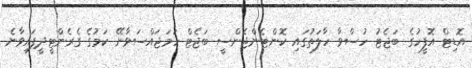
އޮޑިޓް އޮފީހުގެ ބަޖެޓު ހުސްވާ ހާލަތުގައި ކޮންޓެންޖެންސީ ބަޖެޓް ހަމަޖައްސަވާނޭ ކަމުގެ ގެރެންޓީދީފައިވާނެ